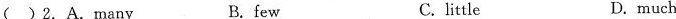
( )2.A.many B. few C. little D.much